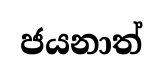
ජයනාත්